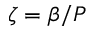
\zeta = \beta / P